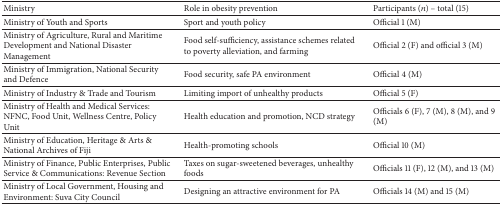
<table><thead><tr><td><b>Ministry</b></td><td><b>Role in obesity prevention</b></td><td><b>Participants (<i>n</i>) – total (15)</b></td></tr></thead><tbody><tr><td>Ministry of Youth and Sports </td><td>Sport and youth policy</td><td>Official 1 (M)</td></tr><tr><td>Ministry of Agriculture, Rural and Maritime Development and National Disaster Management</td><td>Food self-sufficiency, assistance schemes related to poverty alleviation, and farming</td><td>Official 2 (F) and official 3 (M)</td></tr><tr><td>Ministry of Immigration, National Security and Defence</td><td>Food security, safe PA environment</td><td>Official 4 (M)</td></tr><tr><td>Ministry of Industry &amp; Trade and Tourism</td><td>Limiting import of unhealthy products</td><td>Official 5 (F)</td></tr><tr><td>Ministry of Health and Medical Services: NFNC, Food Unit, Wellness Centre, Policy Unit </td><td>Health education and promotion, NCD strategy</td><td>Officials 6 (F), 7 (M), 8 (M), and 9 (M)</td></tr><tr><td>Ministry of Education, Heritage &amp; Arts &amp; National Archives of Fiji</td><td>Health-promoting schools</td><td>Official 10 (M)</td></tr><tr><td>Ministry of Finance, Public Enterprises, Public Service &amp; Communications: Revenue Section</td><td>Taxes on sugar-sweetened beverages, unhealthy foods</td><td>Officials 11 (F), 12 (M), and 13 (M)</td></tr><tr><td>Ministry of Local Government, Housing and Environment: Suva City Council </td><td>Designing an attractive environment for PA</td><td>Officials 14 (M) and 15 (M)</td></tr></tbody></table>